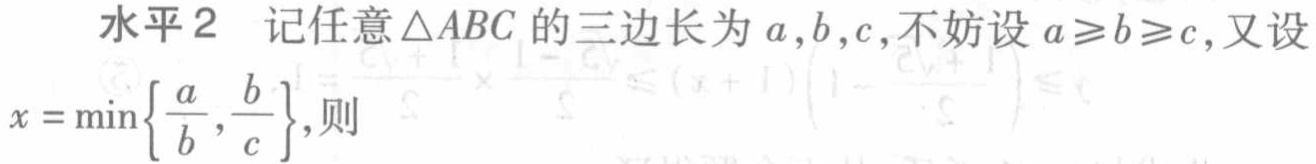
水平2 记任意$\triangle ABC$的三边长为$a,b,c$,不妨设$a\geqslant b\geqslant c$,又设

$x = \min\left\{\dfrac{a}{b},\dfrac{b}{c}\right\}$,则